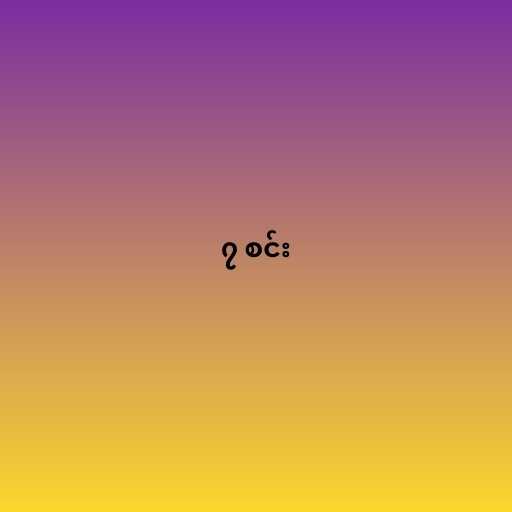
၇ စင်း